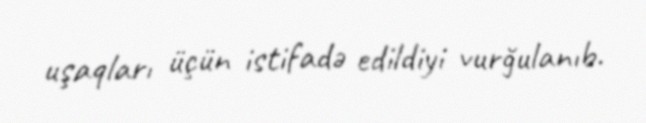
uşaqları üçün istifadə edildiyi vurğulanıb.